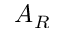
A _ { R }